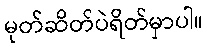
မုတ်ဆိတ်ပဲရိတ်မှာပါ။